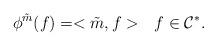
LaTeX: \begin{align*}\phi^{\tilde{m}}(f)=<\tilde{m},f> \ \ f\in \mathcal{C}^*.\end{align*}